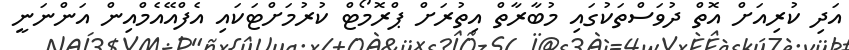
އަދި ކުރިއަށް އޮތް ދުވަސްތަކުގައި މުބާރާތް އިތުރަށް ޕްރޮމޯޓް ކުރުމަށްޓަކައި އެފްއޭއެމްއިން އަންނަނީ